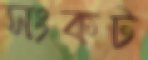
সংকট